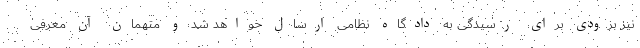
نیز بزودی برای رسیدگی به دادگاه نظامی ارسال خواهد شد و متهمان آن معرفی